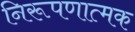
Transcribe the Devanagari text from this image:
निरूपणात्मक